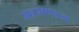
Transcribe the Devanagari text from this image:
महामण्‍डल